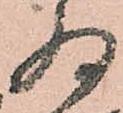
為